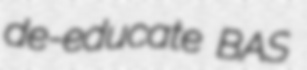
de-educate BAS